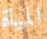
المياة